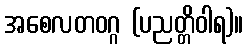
အစေလတဝဂ္ဂ (ပညတ္တိဝါရ)။